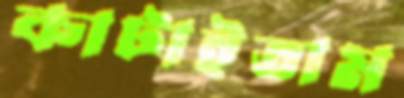
কাটাইতাম